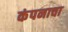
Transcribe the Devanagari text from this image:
कंपनाचा